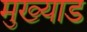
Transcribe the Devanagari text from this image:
मुख्याड